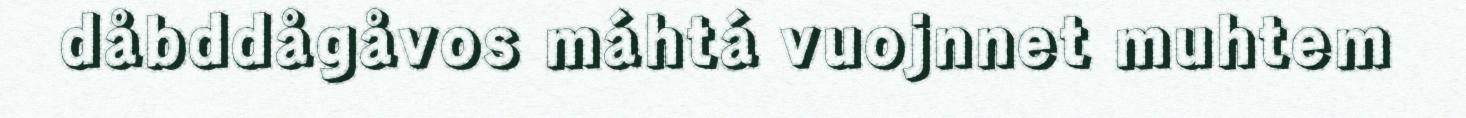
dåbddågåvos máhtá vuojnnet muhtem